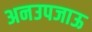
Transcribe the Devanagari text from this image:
अनउपजाऊ